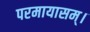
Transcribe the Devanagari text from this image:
परमायासम्‌।